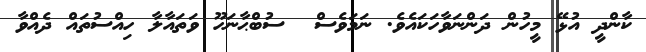
ކާންދީ އުޅޭ މީހުން ދަންނަވާހަކައެވެ. ނަމަވެސް  ސުބްޙާނަހޫ ވަތައާލާ ހިއްސުތައް ދެއްވާ